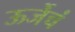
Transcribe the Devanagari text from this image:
ऊर्जेचं